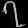
Digit: ၇